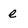
Character: e